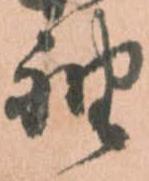
袖